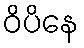
ဝိပိနေ